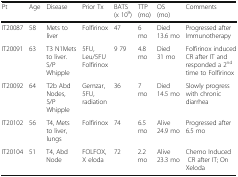
<table><thead><tr><td><b>Pt</b></td><td><b>Age</b></td><td><b>Disease</b></td><td><b>Prior Tx</b></td><td><b>BATS (x 10<sup>9</sup>)</b></td><td><b>TTP (mo)</b></td><td><b>OS (mo)</b></td><td><b>Comments</b></td></tr></thead><tbody><tr><td>IT20087</td><td>58</td><td>Mets to liver</td><td>Folfirinox</td><td>47</td><td>6 mo</td><td>Died 13.6 mo</td><td>Progressed after Immunotherapy</td></tr><tr><td>IT20091</td><td>63</td><td>T3 N1Mets to liver. S/P Whipple</td><td>5FU, Leu/5FU Folfirinox</td><td>9 79</td><td>4.8 mo</td><td>Died 31 mo</td><td>Folfirinox induced CR after IT and responded a 2<sup>nd</sup> time to Folfirinox</td></tr><tr><td>IT20092</td><td>64</td><td>T2b Abd Nodes, S/P Whipple</td><td>Gemzar, 5FU, radiation</td><td>36</td><td>7 mo</td><td>Died 14.5 mo</td><td>Slowly progress with chronic diarrhea</td></tr><tr><td>IT20102</td><td>56</td><td>T4, Mets to liver, lungs</td><td>Folfirinox</td><td>74</td><td>6.5 mo</td><td>Alive 24.9 mo</td><td>Progressed after 6.5 mo</td></tr><tr><td>IT20104</td><td>51</td><td>T4, Abd Node</td><td>FOLFOX, X eloda</td><td>72</td><td>2.2 mo</td><td>Alive 23.3 mo</td><td>Chemo Induced CR after IT; On Xeloda</td></tr></tbody></table>